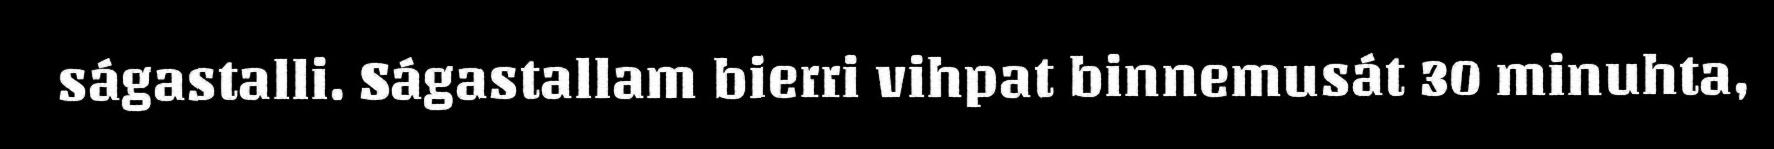
ságastalli. Ságastallam bierri vihpat binnemusát 30 minuhta,